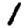
Digit: 1